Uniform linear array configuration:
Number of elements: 48
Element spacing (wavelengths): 0.25
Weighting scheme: uniform
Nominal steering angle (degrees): -30
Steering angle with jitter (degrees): -31.165
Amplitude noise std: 0.05
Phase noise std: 0.05

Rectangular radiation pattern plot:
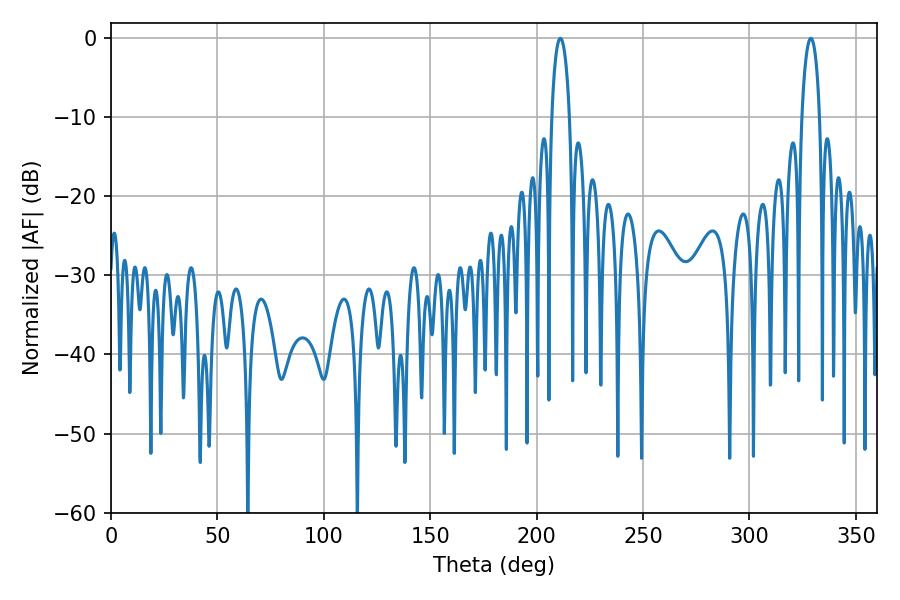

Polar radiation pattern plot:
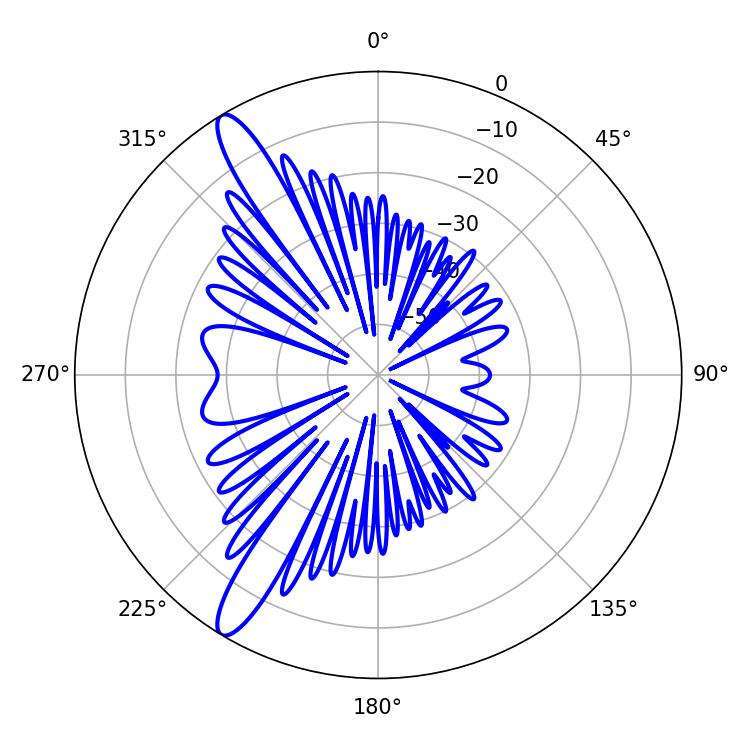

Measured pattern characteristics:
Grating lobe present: FALSE
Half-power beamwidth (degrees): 4.68
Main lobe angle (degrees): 211.14